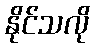
နိုင်သလို